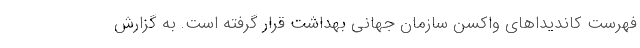
فهرست کاندیداهای واکسن سازمان جهانی بهداشت قرار گرفته است. به گزارش